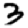
Digit: 3